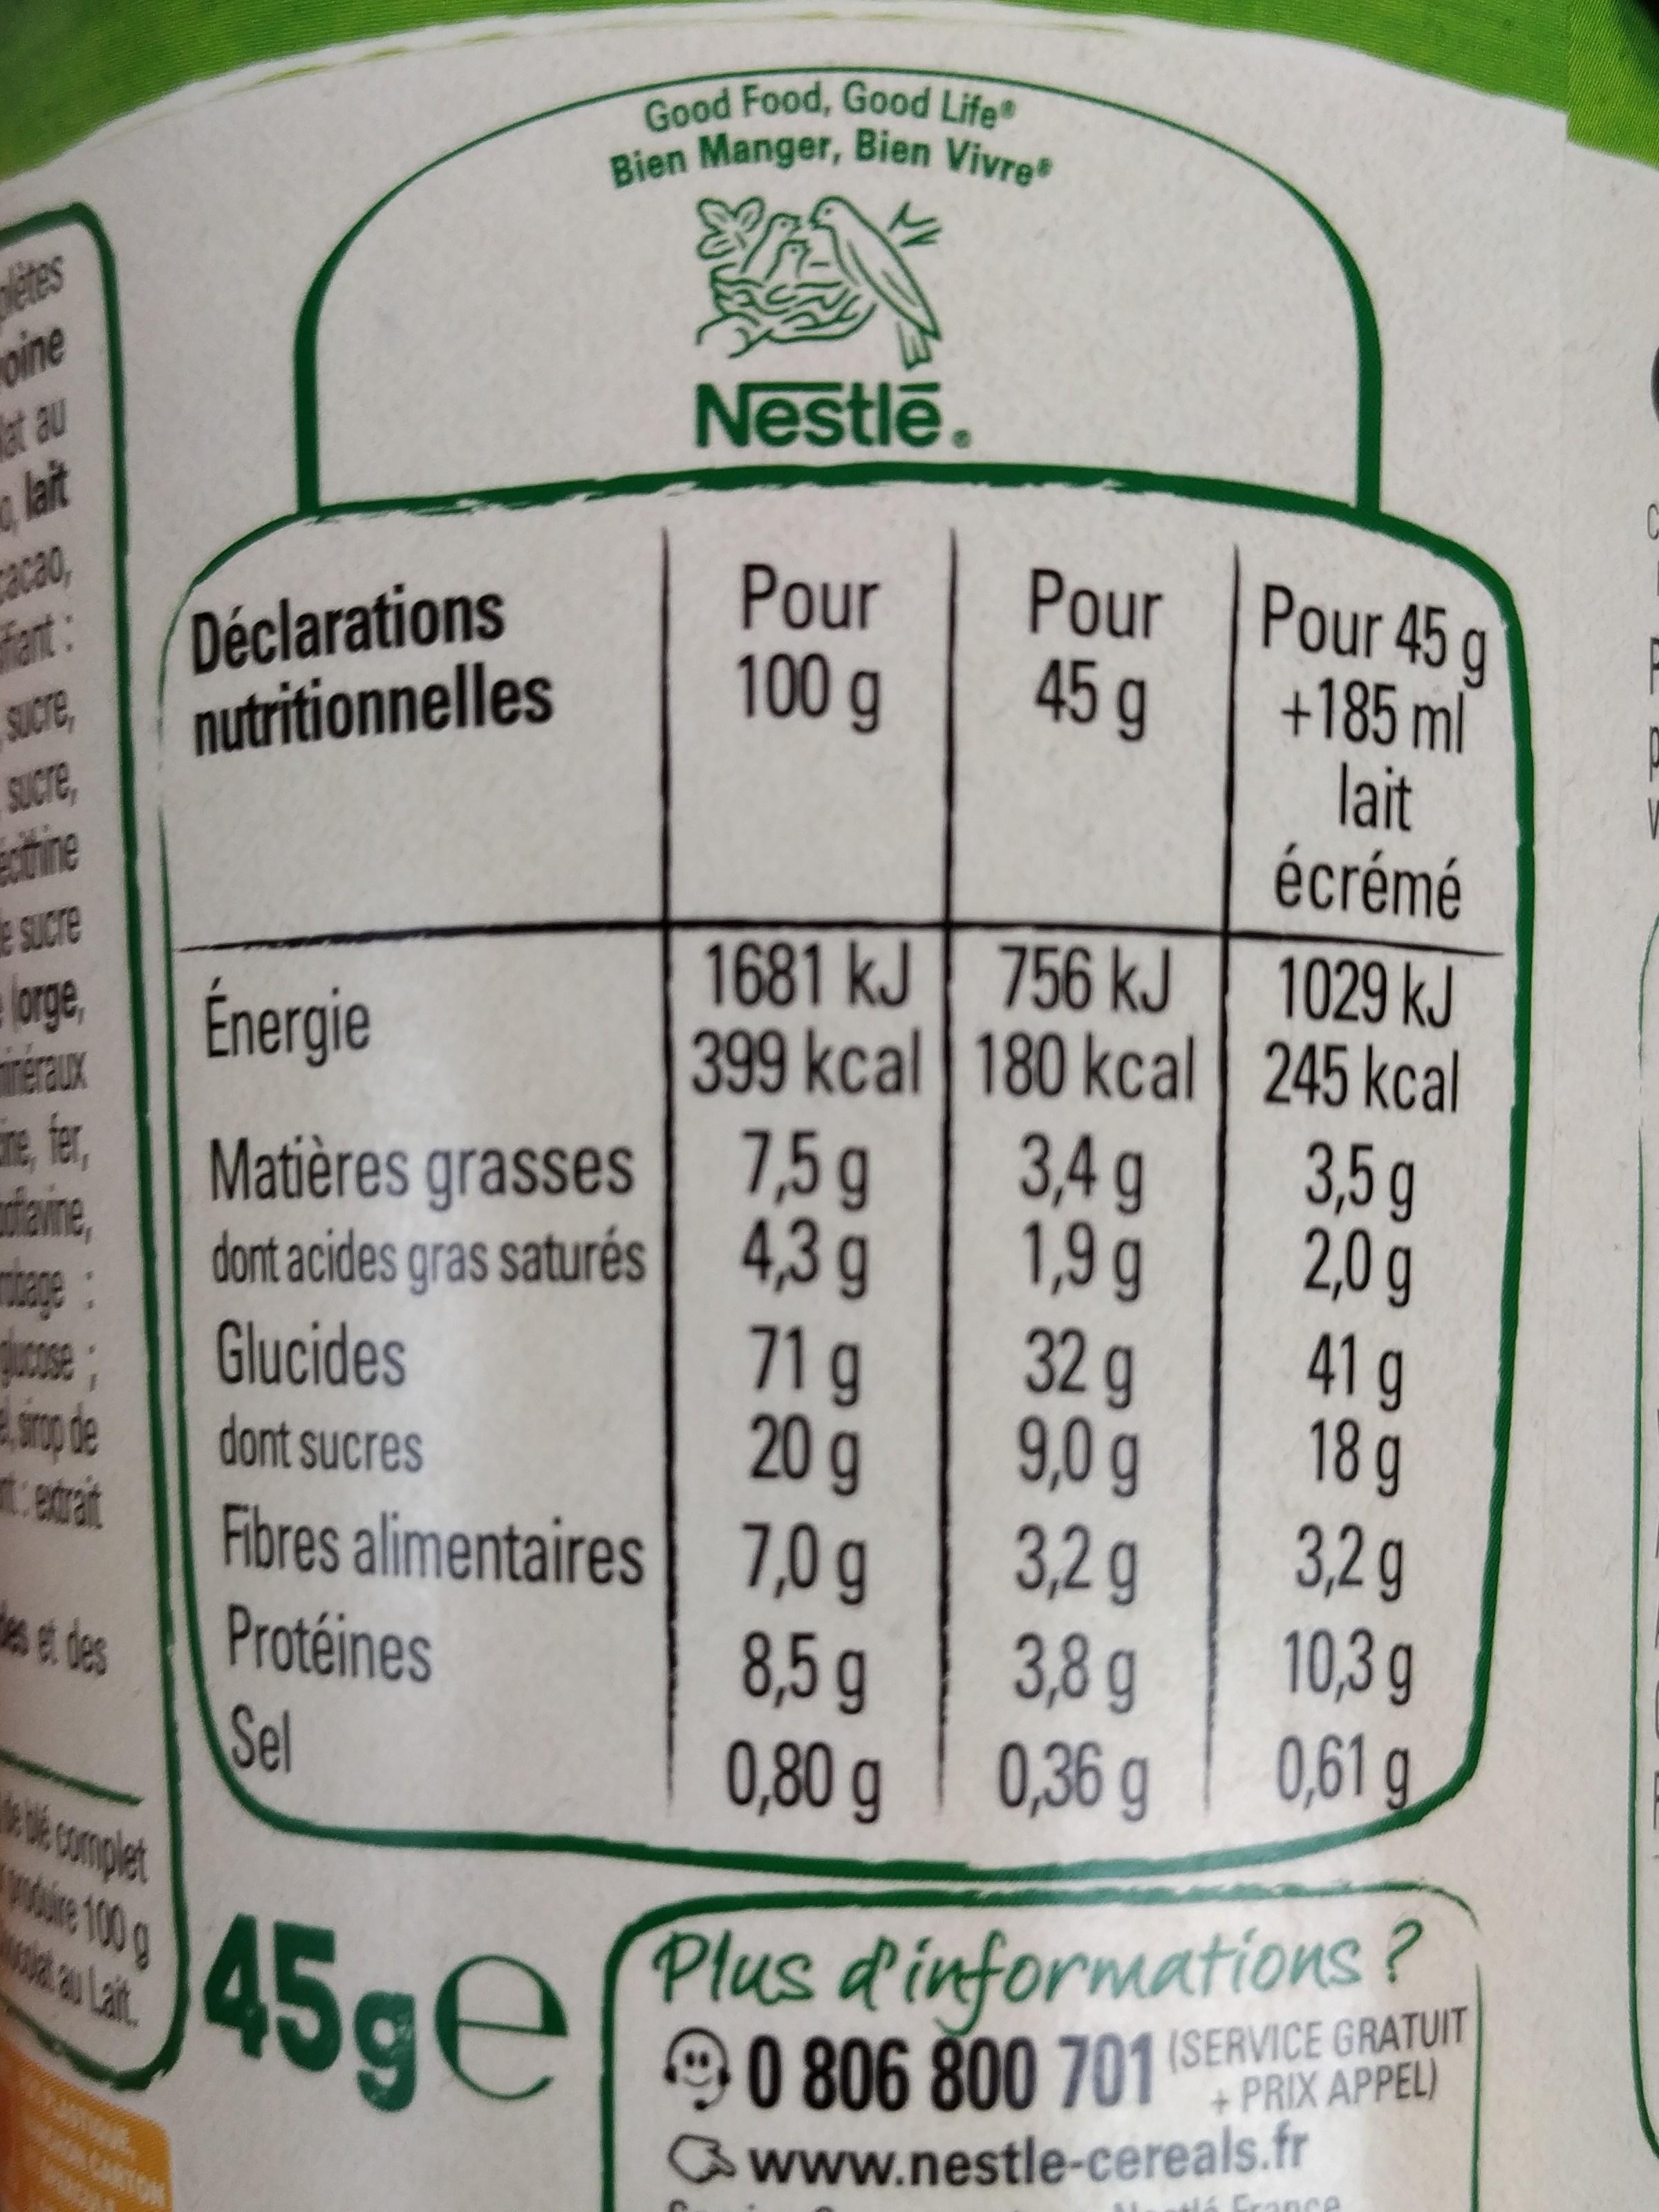
letes pine
at au
0 lait
cacao
fant:
SUCTE
Sucre
thine
e sucre
orge
flavine,
mbage
cose
srop de
***
CAKTON
Déclarations
nutritionnelles
Good Food, Good Life® Bien Manger, Bien Vivre
Énergie
Matières grasses
dont acides gras saturés
Glucides
dont sucres
Fibres alimentaires
Protéines Sel
45ge
Nestlē.
Pour
100 g
1681 kJ
399 kcal
7,5 g
4,3 g
71 g
20 g
7,0 g
8,5 g
0,80 g
Pour
45 g
756 kJ
180 kcal
3,4 g
1,9 g
32 g
9,0 g
3,2 g
3,8 g
0,36 g
Pour 45 g
+185 ml
lait
écrémé
1029 kJ
245 kcal
3,5 g
2,0 g
41 g
18 g
3,2g
10,3 g
0,61 g
Plus d'informations? 90 806 800 701 (SERVICE GRATUIT
+
www.nestle-cereals.fr
Hé France